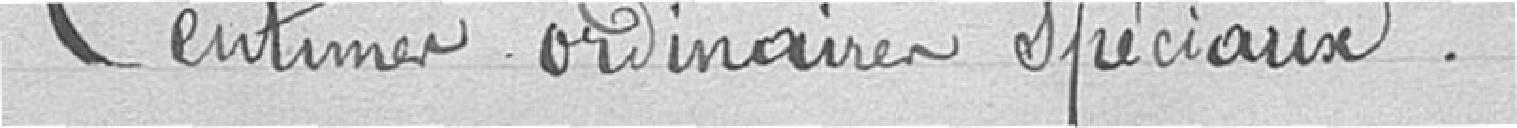
Centimes ordinaires spéciaux.